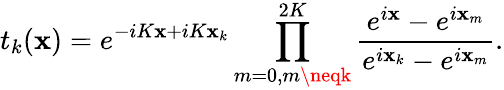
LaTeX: t_{k}(\mathbf{x})=e^{-iK\mathbf{x}+iK\mathbf{x}_{k}}\prod_{m=0,m\neqk}^{2K}{\frac{{e^{i\mathbf{x}}-e^{i\mathbf{x}_{m}}}}{{e^{i\mathbf{x}_{k}}-e^{i\mathbf{x}_{m}}}}}.